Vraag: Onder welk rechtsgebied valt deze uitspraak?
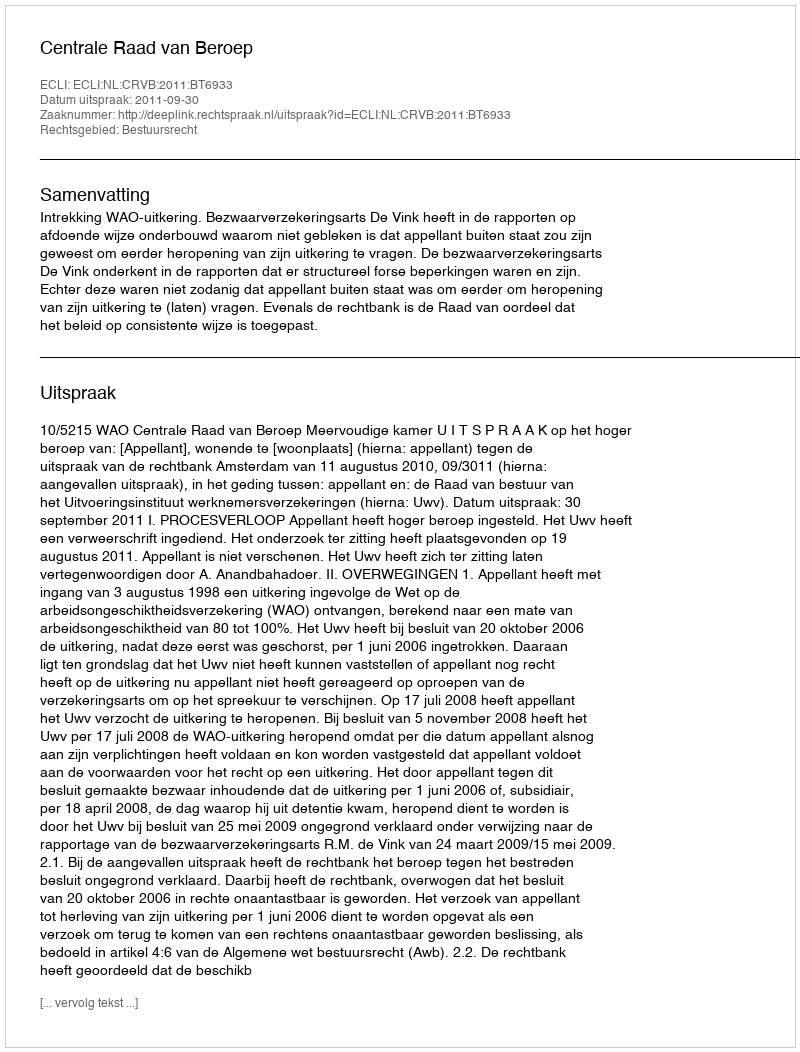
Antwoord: Bestuursrecht